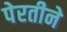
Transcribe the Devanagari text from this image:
पेरतीने